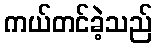
ကယ်တင်ခဲ့သည်